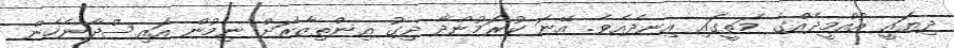
ދިޔައީ އުއްމީދެއްގެ މަތީގައި އިނދެއެވެ. އޭނަ ކުރަމުންދާ ދިގު އިންތިޒާރަށް ނިމުން އައިސްދާނެހެން